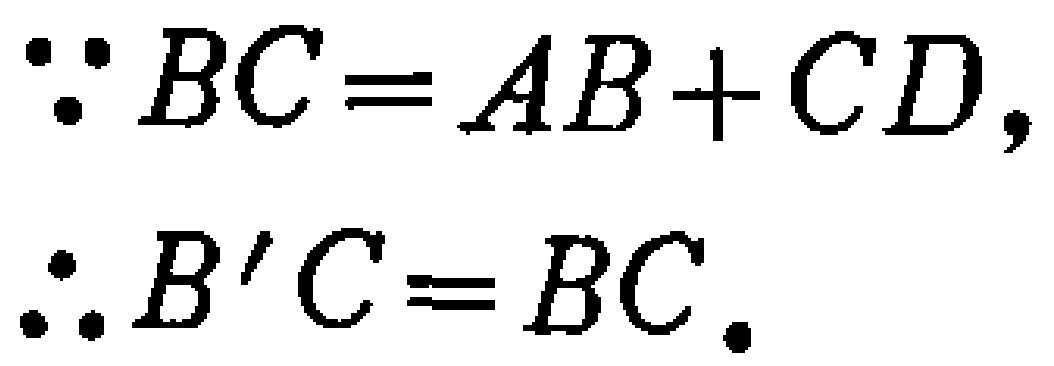
\[\begin{align*}

&\because BC = AB + CD,\\

&\therefore B'C = BC.

\end{align*}\]